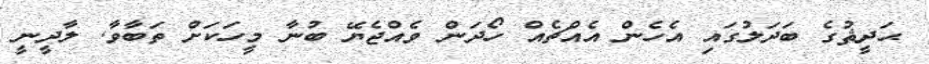
ޙަދީޘުގެ ބަދަލުގައި އެހެން އެއްޗެއް ހޯދަން ވެއްޖެޔޭ ބުނާ މީހަކަށް ތަބާވާ